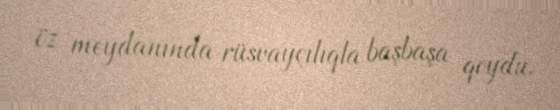
öz meydanında rüsvayçılıqla başbaşa qoydu.